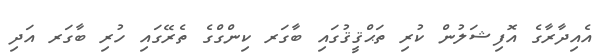
އެއިދާރާގެ އޮފިޝަލުން ކުރި ތަޙްޤީޤުގައި ބާގަރ ކިންގްގެ ތެރޭގައި ހުރި ބާގަރ އަދި